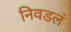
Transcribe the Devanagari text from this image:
निवडलं